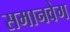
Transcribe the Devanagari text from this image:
समानवेग